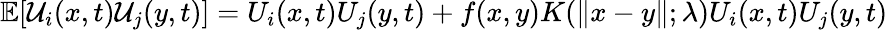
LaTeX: \begin{array}{r}{\mathbb{E}[\mathcal{U}_{i}(x,t)\mathcal{U}_{j}(y,t)]=U_{i}(x,t)U_{j}(y,t)+f(x,y)K(\| x-y\| ;\lambda)U_{i}(x,t)U_{j}(y,t)}\end{array}